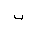
Letter: _tha